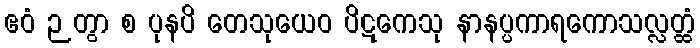
ဧဝံ ဉတွာ စ ပုနပိ တေသုယေဝ ပိဋကေသု နာနပ္ပကာရကောသလ္လတ္ထံ